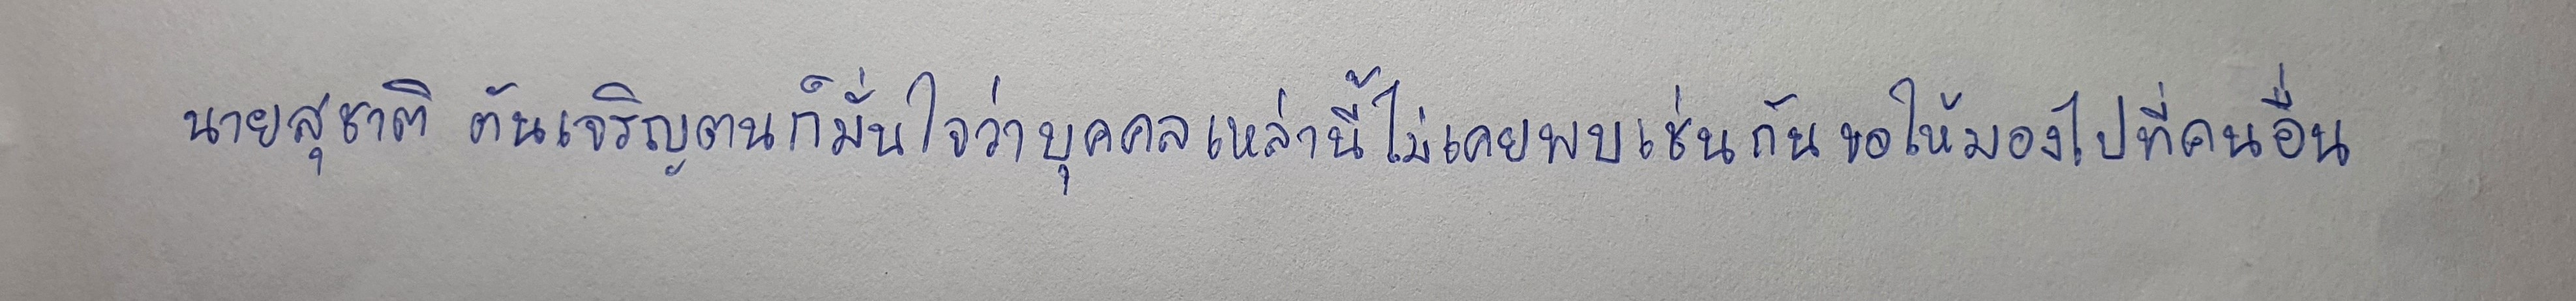
นายสุชาติ ตันเจริญตนก็มั่นใจว่าบุคคลเหล่านี้ไม่เคยพบเช่นกันขอให้มองไปที่คนอื่นที่ชอบ